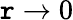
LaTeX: \mathtt{r}\rightarrow0